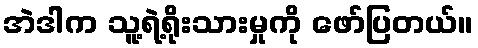
အဲဒါက သူ့ရဲ့ရိုးသားမှုကို ဖော်ပြတယ်။